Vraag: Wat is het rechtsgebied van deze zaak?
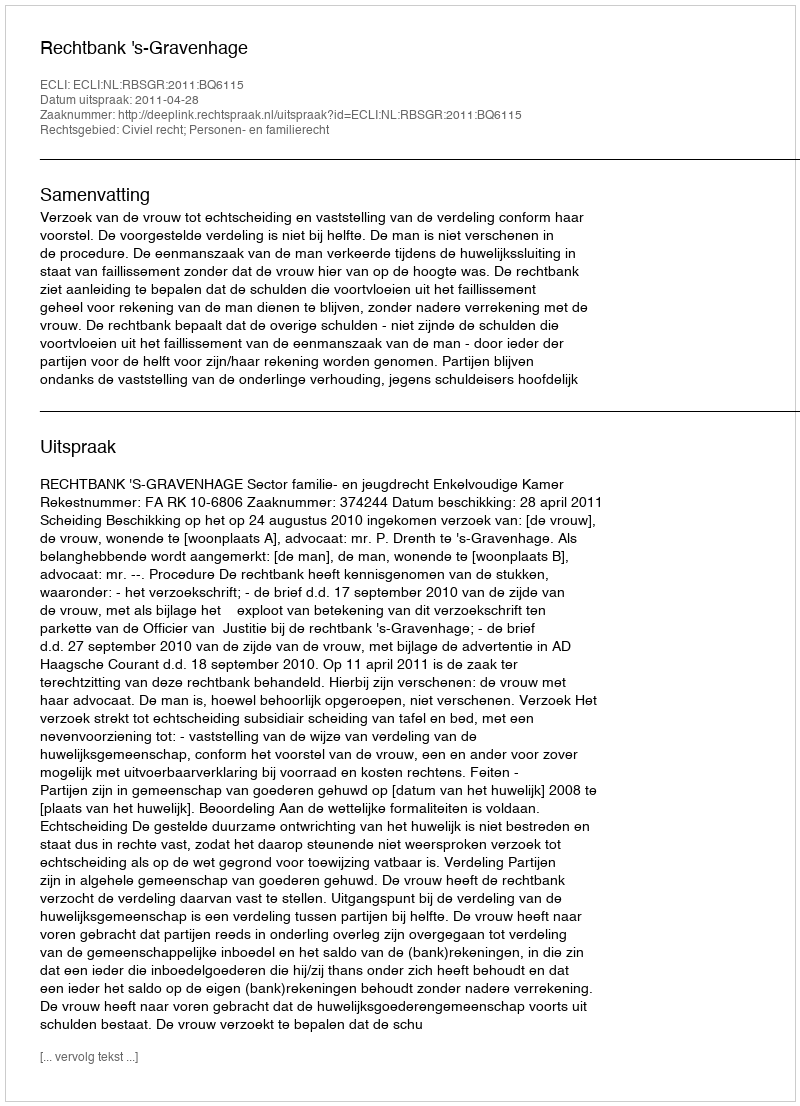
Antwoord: Civiel recht; Personen- en familierecht